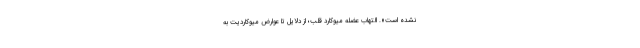
نشده است». التهاب عضله میوکارد قلب؛ از دلایل تا عوارض میوکاردیت به